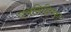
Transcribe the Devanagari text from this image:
पंचसिद्धिका